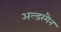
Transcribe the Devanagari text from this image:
अल्डरमैन